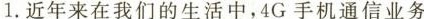
1.近年来在我们的生活中，4G手机通信业务